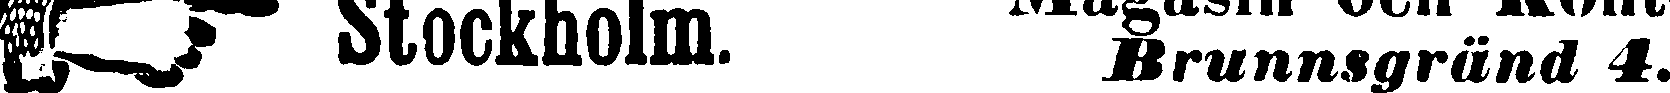
☞ Stockholm. Brunnsgränd 4.